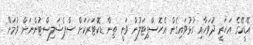
އޭޑީކޭގެ އަހަރީ ދުވަހާއި ގުޅުވައިގެން އެހޮސްޕިޓަލުން ވަނީ ތިން ޑޮކްޓަރަކަށް ސްޕެޝަލިސްޓުންނަށް ވުމަށް